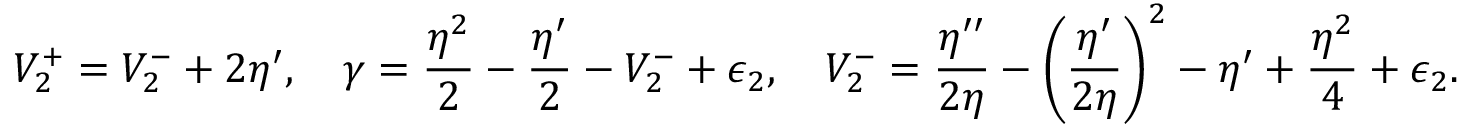
V _ { 2 } ^ { + } = V _ { 2 } ^ { - } + 2 \eta ^ { \prime } , \quad \gamma = \frac { \eta ^ { 2 } } { 2 } - \frac { \eta ^ { \prime } } { 2 } - V _ { 2 } ^ { - } + \epsilon _ { 2 } , \quad V _ { 2 } ^ { - } = \frac { \eta ^ { \prime \prime } } { 2 \eta } - \left( \frac { \eta ^ { \prime } } { 2 \eta } \right) ^ { 2 } - \eta ^ { \prime } + \frac { \eta ^ { 2 } } { 4 } + \epsilon _ { 2 } .